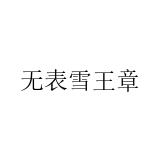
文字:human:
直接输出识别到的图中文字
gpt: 无表雪王章